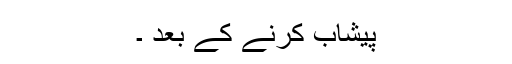
پیشاب کرنے کے بعد ۔